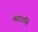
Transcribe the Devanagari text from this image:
मढ़ाइबि